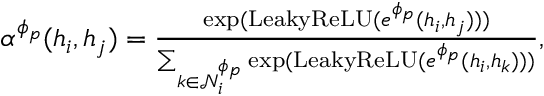
\begin{array} { r } { \begin{array} { r } { \alpha ^ { \phi _ { p } } ( h _ { i } , h _ { j } ) = \frac { \exp ( \mathrm { L e a k y R e L U } ( e ^ { \phi _ { p } } ( h _ { i } , h _ { j } ) ) ) } { \sum _ { k \in \mathcal { N } _ { i } ^ { \phi _ { p } } } \exp ( \mathrm { L e a k y R e L U } ( e ^ { \phi _ { p } } ( h _ { i } , h _ { k } ) ) ) } , } \end{array} } \end{array}